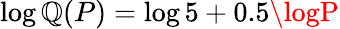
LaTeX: \log\mathbb{Q}(P)=\log5+0.5\logP